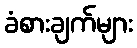
ခံစားချက်များ